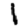
Digit: 1